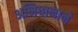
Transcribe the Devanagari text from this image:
अभिधानाने